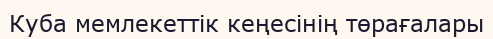
Куба мемлекеттік кеңесінің төрағалары